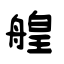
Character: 艎